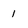
Character: 1